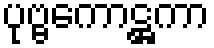
ပုဗ္ဗကောဋ္ဌကာ